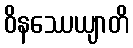
ဝိနဿေယျာတိ